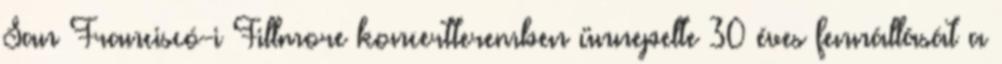
San Franciscó-i Fillmore koncertteremben ünnepelte 30 éves fennállását a